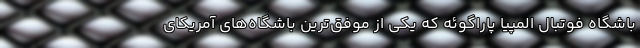
باشگاه فوتبال المپیا پاراگوئه که یکی از موفق‌ترین باشگاه‌های آمریکای